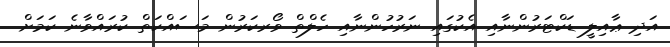
އަދި ޢާއިލީ ޑަކްޓަރުންނާއި އެކުގައި ނަރުހުންނާއި ހެލްތް ވޯރކަރުން މަސައްކަތް ކުރައްވާނެ ކަމަށް